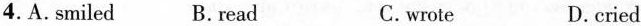
4.A.Smiled B. Read C.wrote D.cried